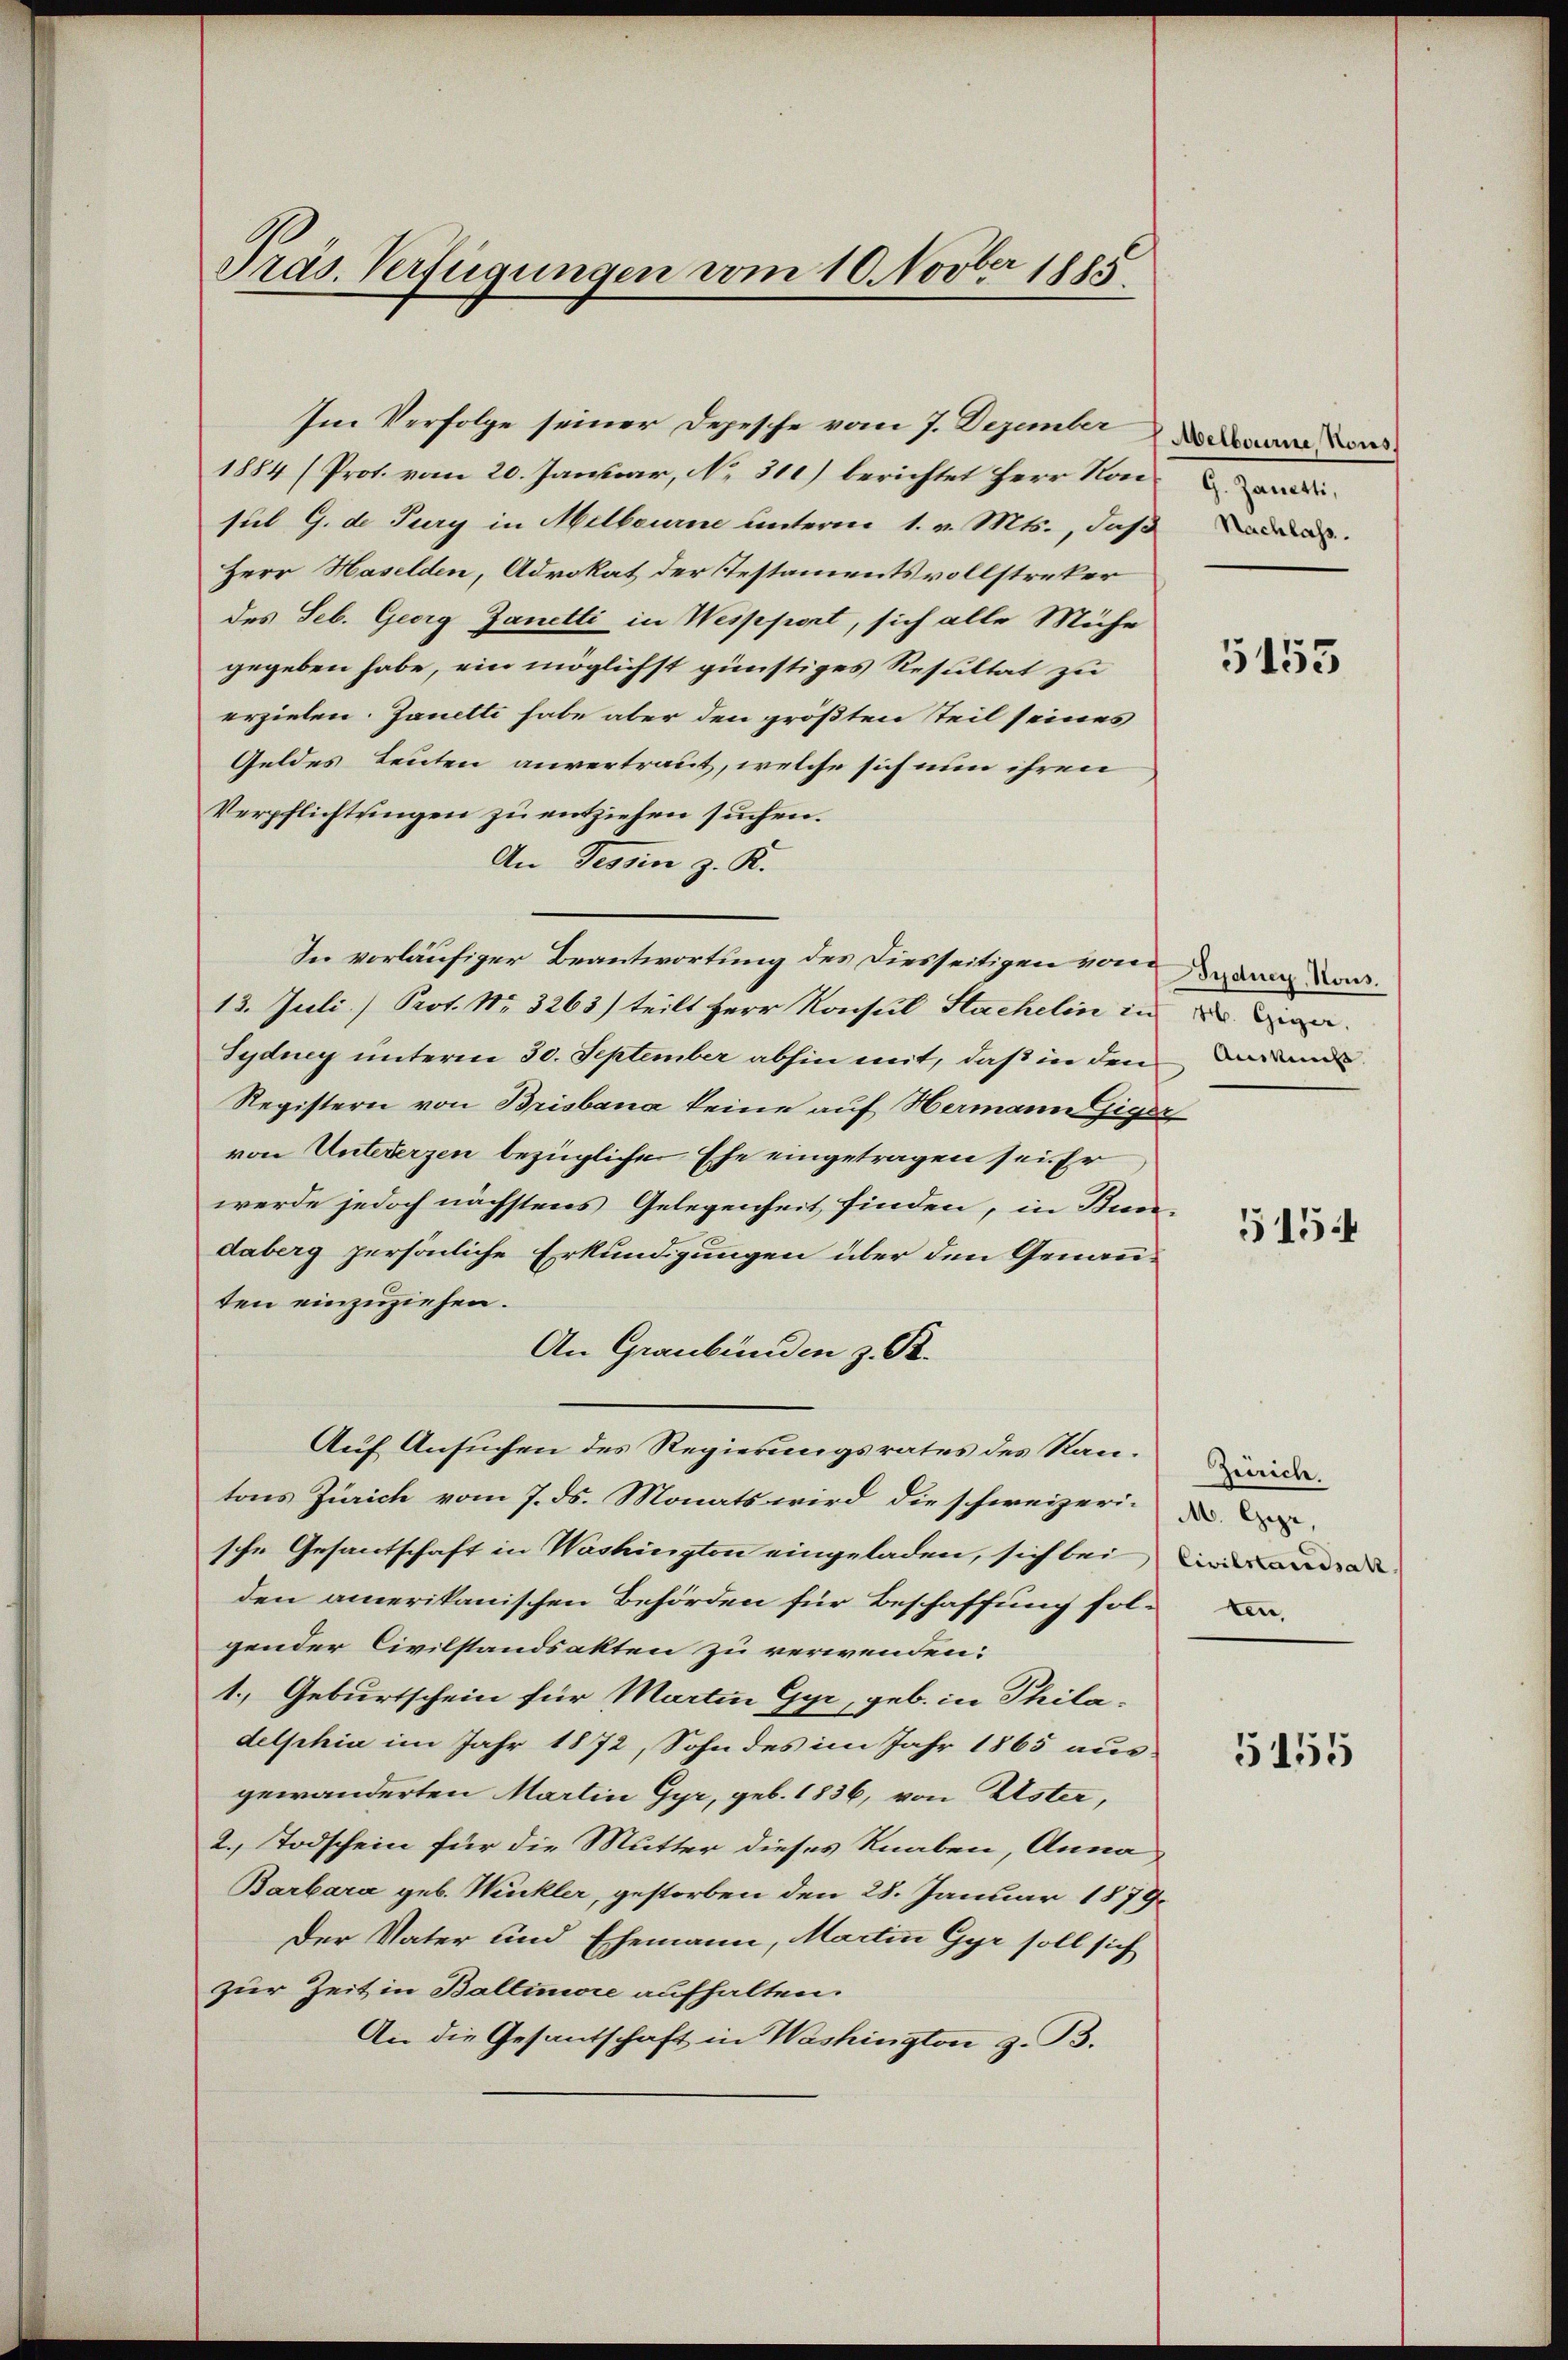
Präs. Verfügungen vom 10. Novber 1885

1884 (Prot. vom 20. Januar, No. 311) berichtet Herr Rande
sil G. de Pury in Melbourne unterm 1. v. Mts., daß de
Herr Haselden, Advokat der Testamentsvollstreker
des Seb. Georg Zanetti in Wesppert, sich alle Mühe
gegeben habe, ein möglichst günstiges Resultat zu
erzielen. Janetti habe aber den größten Teil seines
Geldes Leuten anvertraut, welche sich nun ihren
Verpflichtungen zu entziehen suchen.
An Tessin z. K.
In vorläufiger Beantwortung des Diesseitigen von ganz von
13. Juli) Prot. Nr. 3263) teilt Herr Konsul Stackelin in die
Sydung unterm 30. September abhin mit, daß in den Bunde
Registern von Brisbana keine auf Hermann Giger
von Untererzen bezüglicher Ehe eingetragen sei. Er
werde jedoch nächstens Gelegenheit finden, in Bun-
daberg persönliche Erkundigungen über den Genannten einzuziehen.
An Graubünden z. B.
Auf Ansuchen des Regierungsrates des Rantons Zürich vom 7. ds. Monats wird die schweizeri-
sche Gesantschaft in Washington eingeladen, sich bei
den amerikanischen Behörden für Beschaffung sol-
gender Civilstandsakten zu verwenden:
1. Geburtschein für Martin Gyr, geb. in Philadelphia im Jahr 1872, Sohn des im Jahr 1865 aus
gewänderten Martin Gyr, geb. 1836, von Uster,
2. Todschein für die Mutter dieses Knaben, Anna
Barbara geb. Winkler, gestorben den 28. Januar 1879
Der Vater und Ehemann, Martin Gyr soll sich
zur Zeit in Baltiniore aufhalten.
An die Gesantschaft in Washington z. B.

Im Verfolge seiner Depesche vom 7. Dezember den

5153

515.

Zürich.
M. Gyr,
Civilstandsatz

5155